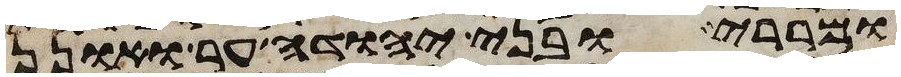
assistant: ומררי ובני יהודה ער ואונן